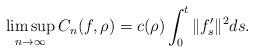
LaTeX: \begin{align*}\limsup_{n \to \infty} C_n(f,\rho) = c(\rho) \int_0^t \|f'_s\|^2 ds.\end{align*}